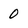
Character: 0